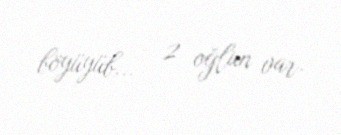
böyüyüb... - 2 oğlun var.